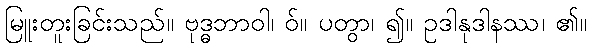
မြူးတူးခြင်းသည်။ ဗုဒ္ဓဘာဝါ၊ ဝ်။ ပတွာ၊ ၍။ ဥဒါနုဒါနဿ၊ ၏။